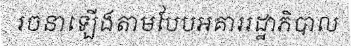
រចនាឡើងតាមបែបអគាររដ្ឋាភិបាល